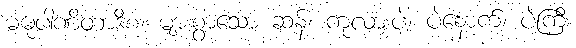
မဓုပါဏိတာဒိစ၊ များစွာသော ဆန်၊ ကုလားပဲ၊ ပဲနောက်၊ ပဲကြီး